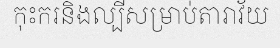
កុះករនិងល្បីសម្រាប់តារាវ័យ